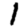
Digit: 1